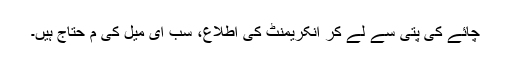
چائے کی پتی سے لے کر انکریمنٹ کی اطلاع، سب ای میل کی م حتاج ہیں۔